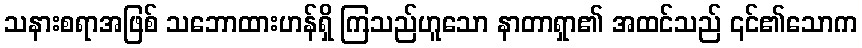
သနားစရာအဖြစ် သဘောထားဟန်ရှိ ကြသည်ဟူသော နာတာရှာ၏ အထင်သည် ၎င်၏သောက